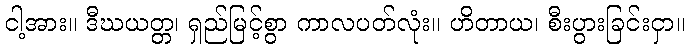
ငါ့အား။ ဒီဃယတ္တ၊ ရှည်မြင့်စွာ ကာလပတ်လုံး။ ဟိတာယ၊ စီးပွားခြင်းငှာ။